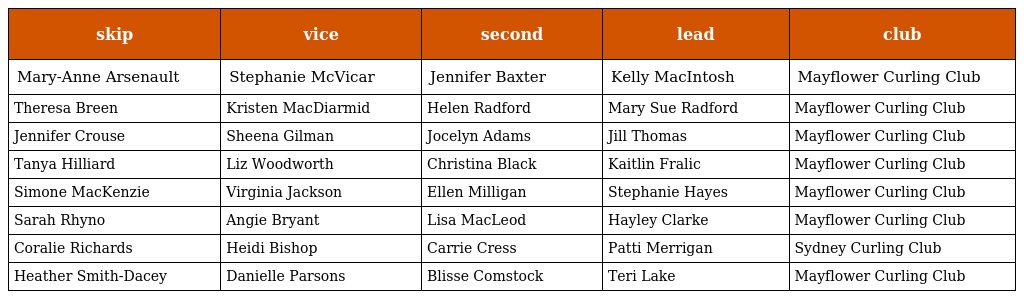
| skip | vice | second | lead | club |
 | --- | --- | --- | --- | --- |
 | Mary-Anne Arsenault | Stephanie McVicar | Jennifer Baxter | Kelly MacIntosh | Mayflower Curling Club |
 | Theresa Breen | Kristen MacDiarmid | Helen Radford | Mary Sue Radford | Mayflower Curling Club |
 | Jennifer Crouse | Sheena Gilman | Jocelyn Adams | Jill Thomas | Mayflower Curling Club |
 | Tanya Hilliard | Liz Woodworth | Christina Black | Kaitlin Fralic | Mayflower Curling Club |
 | Simone MacKenzie | Virginia Jackson | Ellen Milligan | Stephanie Hayes | Mayflower Curling Club |
 | Sarah Rhyno | Angie Bryant | Lisa MacLeod | Hayley Clarke | Mayflower Curling Club |
 | Coralie Richards | Heidi Bishop | Carrie Cress | Patti Merrigan | Sydney Curling Club |
 | Heather Smith-Dacey | Danielle Parsons | Blisse Comstock | Teri Lake | Mayflower Curling Club |